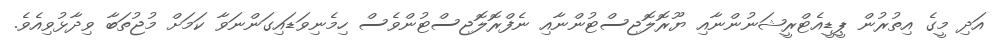
އަދި މީގެ އިތުރުން ޕީޑީއެޓްރީޝަނުންނާއި ޔޫރޮލޮޖިސްޓުންނާއި ނެފްރޮލޮޖިސްޓުންވެސް ހިމެނިވަޑައިގަންނަވާ ކަމަށް މުޖުތަބާ ވިދާޅުވިއެވެ.